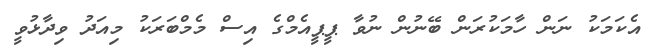
އެކަމަކު ނަން ހާމަކުރަން ބޭނުން ނުވާ ޕީޕީއެމްގެ އިސް މެމްބަރަކު މިއަދު ވިދާޅުވީ